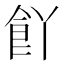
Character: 𮨸